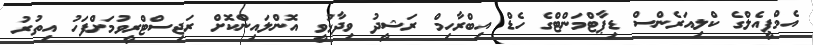
އެމްޕީއެލްގެ ކްލިއަރެންސް ޑިޕާޓްމަންްޓްގެ ހެޑް އިބްރާހިމް ރަޝީދު ވިދާޅުވީ އޮންލައިންކޮށް ރަޖިސްޓްރީވުމަށްފަހު އިތުރު